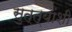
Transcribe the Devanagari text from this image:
सुत्त्यांशी